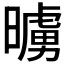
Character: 𭧷